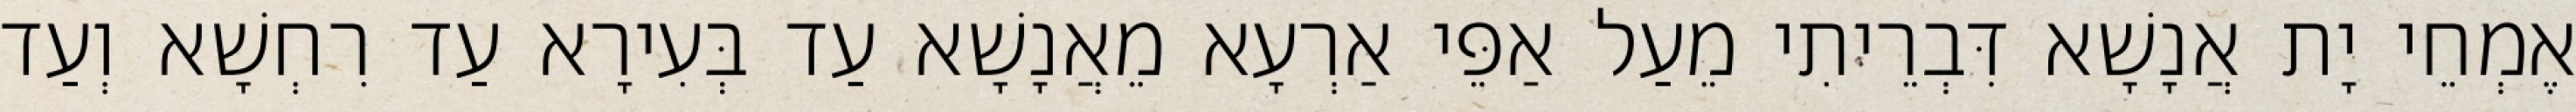
אֶמְחֵי יָת אֲנָשָׁא דִּבְרֵיתִי מֵעַל אַפֵּי אַרְעָא מֵאֲנָשָׁא עַד בְּעִירָא עַד רִחְשָׁא וְעַד